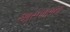
આસપાસના